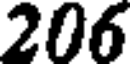
206